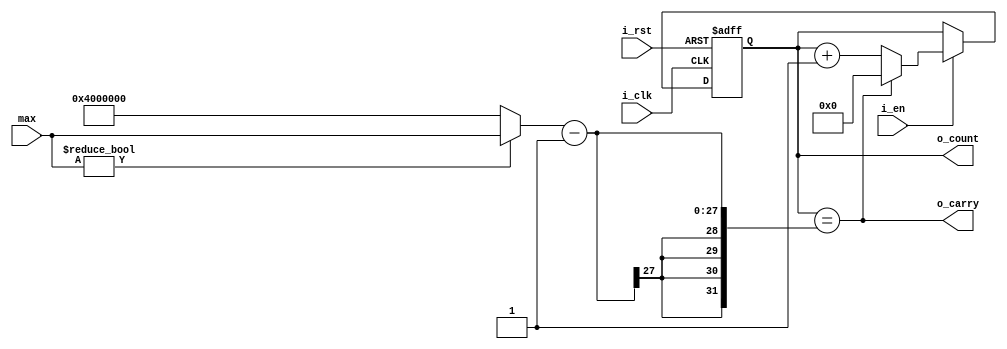
module counter
#(
    parameter N=27
)
(
    i_clk,
    i_en,
    i_rst,
    o_count,
    o_carry,
    max
);
    localparam integer shifted = 1 << (N - 1);
    input wire i_clk, i_en, i_rst;
    output reg [N-1:0] o_count;
    output wire o_carry;
    input wire [N-1:0] max;

    wire [N-1:0] MAX_OVERFLOW;

    assign MAX_OVERFLOW = max != 0 ? max : shifted;

    assign o_carry = o_count == MAX_OVERFLOW - 1;

    always @(posedge i_clk, posedge i_rst) begin
        if (i_rst)
            o_count <= 0;
        else begin
            if (i_en) begin
                if (o_count == MAX_OVERFLOW - 1) begin
                    o_count <= 0;
                end
                else begin
                    o_count <= o_count + 1'b1;
                end
            end
        end
    end

endmodule